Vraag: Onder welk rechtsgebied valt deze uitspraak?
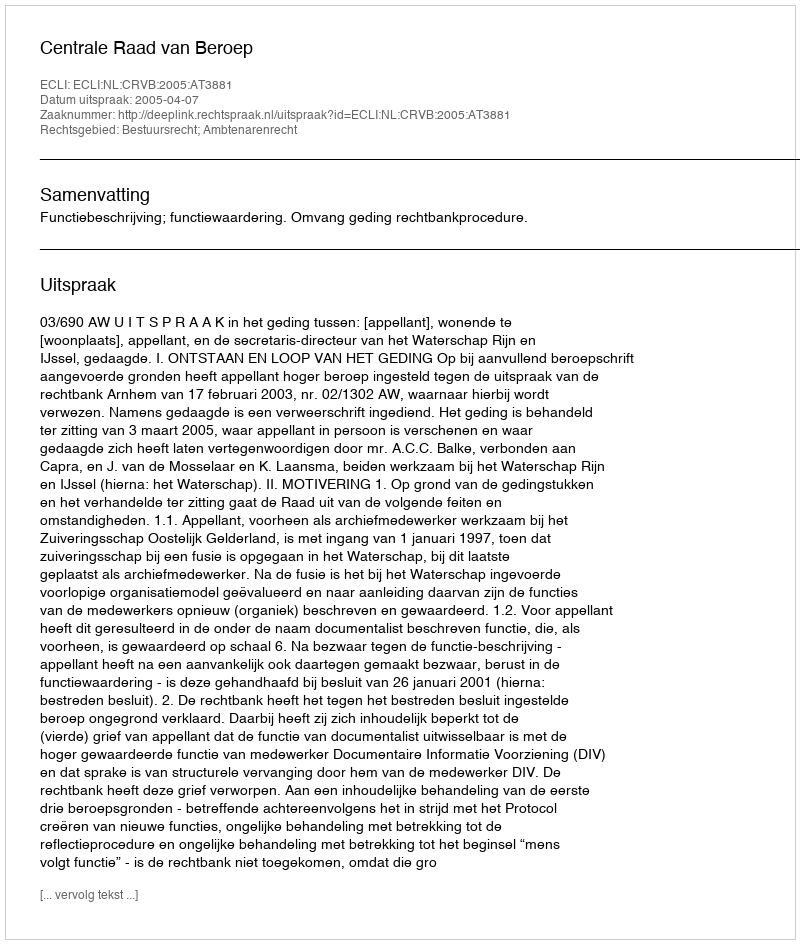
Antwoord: Bestuursrecht; Ambtenarenrecht